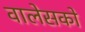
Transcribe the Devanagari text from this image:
वालेसको